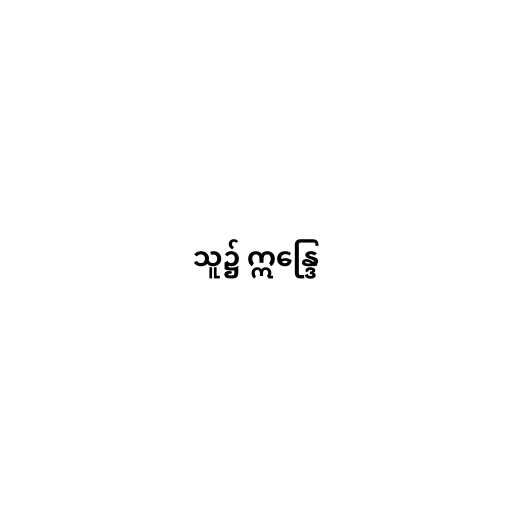
သူ၌ ဣန္ဒြေ